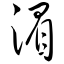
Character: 湄